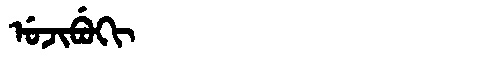
Manchu: ᡠᠵᡳᠪᡠᡴᡳ
Romanization: UJIBUKI